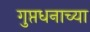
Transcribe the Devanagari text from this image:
गुप्तधनाच्या